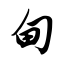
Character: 甸